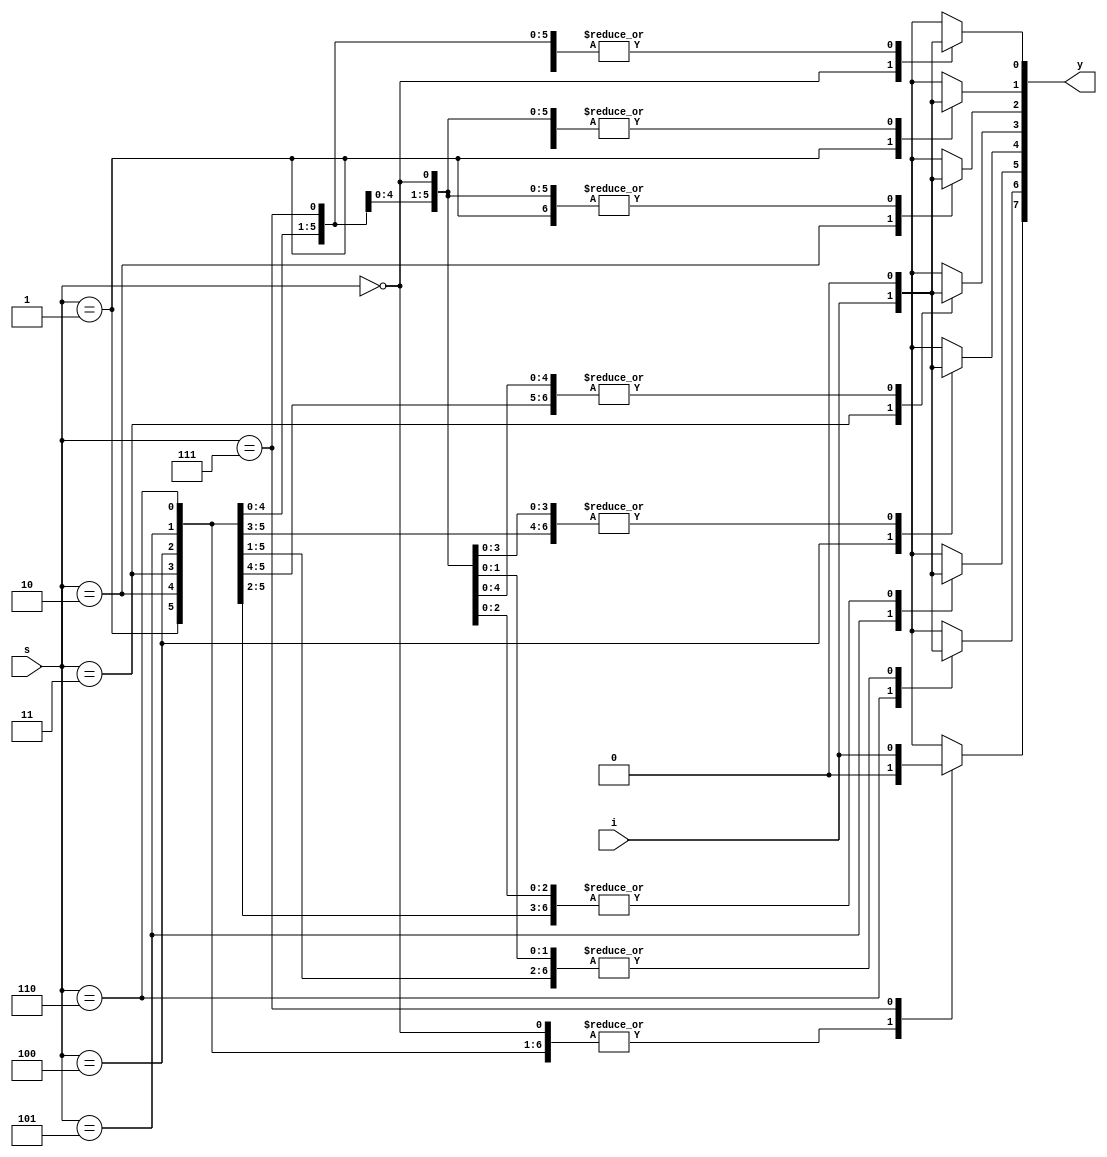
`timescale 1ns / 1ps
//////////////////////////////////////////////////////////////////////////////////
// Company: 
// Engineer: 
// 
// Design Name: 
// Module Name: demux
// Project Name: 
// Target Devices: 
// Tool Versions: 
// Description: 
// 
// Dependencies: 
// 
// Revision:
// Revision 0.01 - File Created
// Additional Comments:
// 
//////////////////////////////////////////////////////////////////////////////////


module demux(
    input i,
    input [2:0] s,
    output reg [7:0] y
    );
 always@(*)
 begin
 y=0;
 case(s)
 3'b000:y[0]=i;
 3'b001:y[1]=i;
 3'b010:y[2]=i;
 3'b011:y[3]=i;
 3'b100:y[4]=i;
 3'b101:y[5]=i;
 3'b110:y[6]=i;
 3'b111:y[7]=i;
 endcase
 end
 
 
endmodule